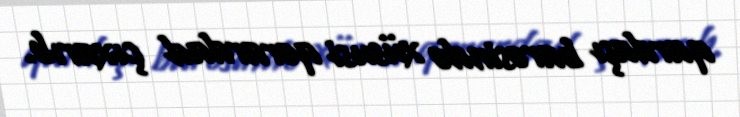
qardaşı barəsində xüsusi qərardad çıxarıb.